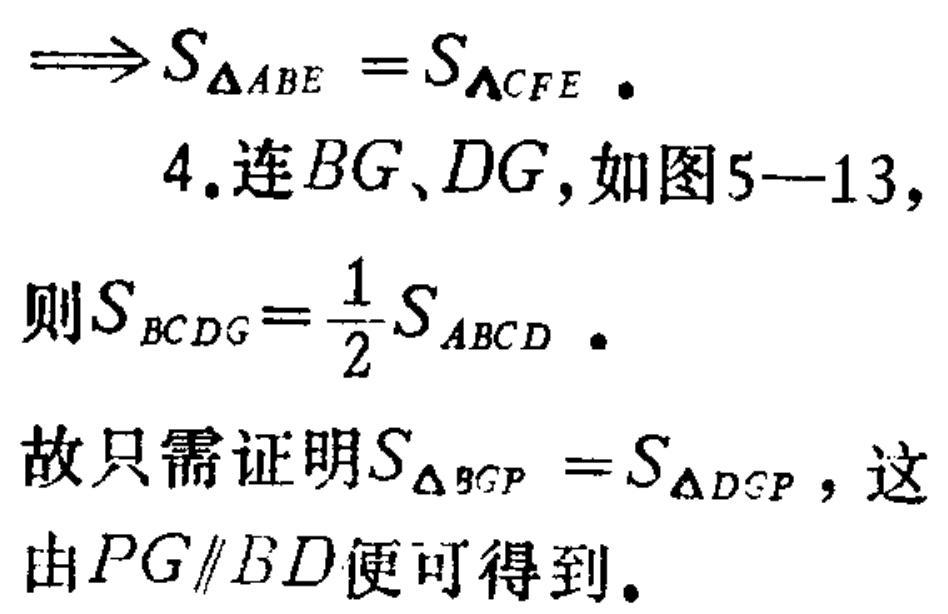
$\Longrightarrow S_{\Delta ABE}=S_{\Delta CFE}$.
4. 连$BG$、$DG$, 如图5—13,
则$S_{BCDG}=\frac{1}{2}S_{ABCD}$.
故只需证明$S_{\Delta BGP}=S_{\Delta DGP}$, 这
由$PG\parallel BD$便可得到。